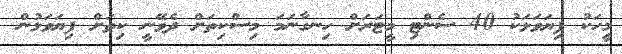
މީހަކު ފިޔަވަޅަކު 40 ސެންޓި މީޓަރަށް ހިނގާނަމަ މިސްކިތަށް ދެވޭނީ ކިތަށް ފިޔަވަޅުން